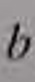
\(b\)